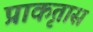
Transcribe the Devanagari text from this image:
प्राकृतास